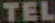
TEL